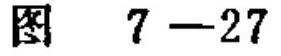
图 7 - 27